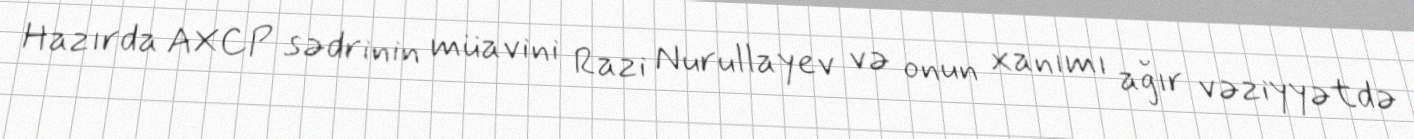
Hazırda AXCP sədrinin müavini Razi Nurullayev və onun xanımı ağır vəziyyətdə